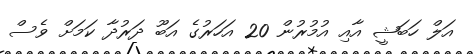
އަލް ހަބަޝީ އާއި އުމުރުން 20 އަހަރުގެ އަބޫ ދަރުދާ ކަމަށް ވެސް